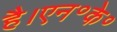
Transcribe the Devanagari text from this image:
है।एन॰के॰